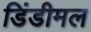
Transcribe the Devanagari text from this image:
डिंडीमल